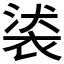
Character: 𧚚